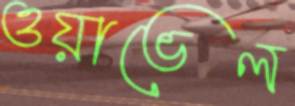
ওয়াভেল